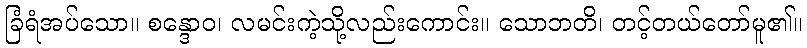
ခြံရံအပ်သော။ စန္ဒောဝ၊ လမင်းကဲ့သို့လည်းကောင်း။ သောဘတိ၊ တင့်တယ်တော်မူ၏။